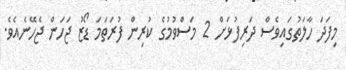
މިފަދަ ހާލަތުގައިވެސް ދަރިފުޅަށް 2 މަސްވުމުގެ ކުރިން ފުރަތަމަ ޑޯޒު ޖަހަން ޖެހޭނެއެވެ.